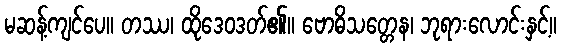
မဆန့်ကျင်ပေ။ တဿ၊ ထိုဒေဝဒတ်၏။ ဗောဓိသတ္တေန၊ ဘုရားလောင်းနှင့်။